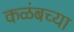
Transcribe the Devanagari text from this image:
कळंबच्या